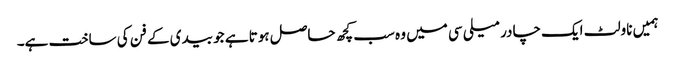
ہمیں ناولٹ ایک چادر میلی سی میں وہ سب کچھ حاصل ہوتا ہے جو بیدی کے فن کی ساخت ہے۔